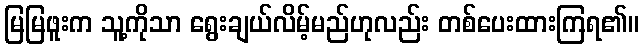
မြမြဖူးက သူ့ကိုသာ ရွေးချယ်လိမ့်မည်ဟုလည်း တစ်ပေးထားကြရ၏။